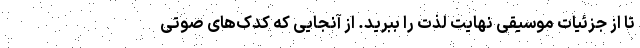
تا از جزئیات موسیقی نهایت لذت را ببرید. از آنجایی که کُدک‌های صوتی